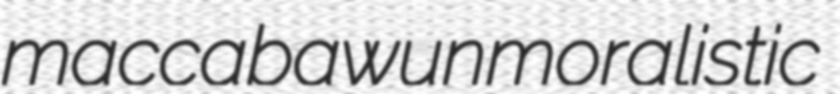
maccabaw unmoralistic